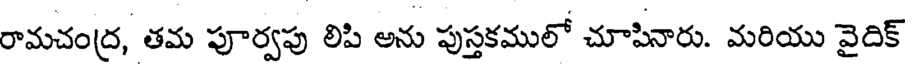
రామచంద్ర, తమ పూర్వపు లిపి అను పుస్తకములో చూపినారు. మరియు వైదిక్